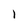
Character: 1